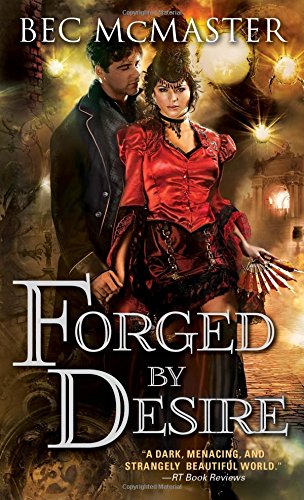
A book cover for Forged by Desire (London Steampunk); Bec McMaster; Romance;